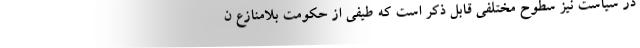
در سیاست نیز سطوح مختلفی قابل ذکر است که طیفی از حکومت بلامنازع ن